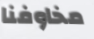
مخاوفنا